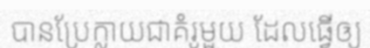
បានប្រែក្លាយជាគំរូមួយ ដែលធ្វើឲ្យ